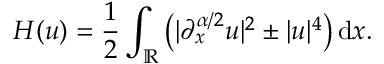
H ( u ) = \frac { 1 } { 2 } \int _ { \mathbb { R } } \left( | \partial _ { x } ^ { \alpha / 2 } u | ^ { 2 } \pm | u | ^ { 4 } \right) \mathrm { d } x .